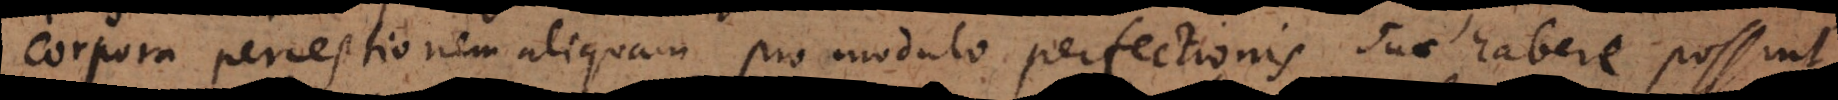
corpora perceptionem aliquam pro modulo perfectionis suae habere possunt,